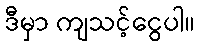
ဒီမှာ ကျသင့်ငွေပါ။